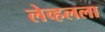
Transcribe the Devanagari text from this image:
लेव्हलला